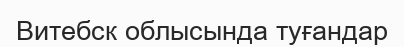
Витебск облысында туғандар